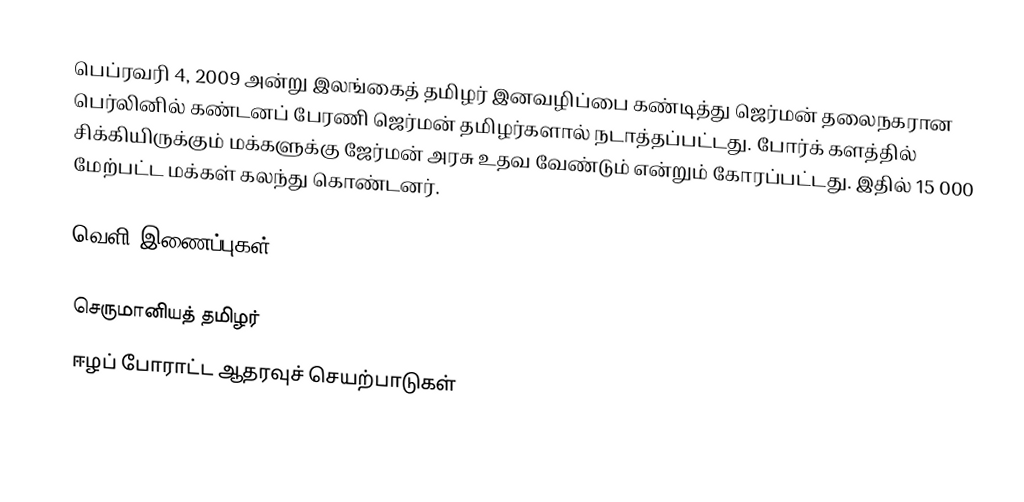
பெப்ரவரி 4, 2009 அன்று இலங்கைத் தமிழர் இனவழிப்பை கண்டித்து ஜெர்மன் தலைநகரான பெர்லினில் கண்டனப் பேரணி ஜெர்மன் தமிழர்களால் நடாத்தப்பட்டது.  போர்க் களத்தில் சிக்கியிருக்கும் மக்களுக்கு ஜேர்மன் அரசு உதவ வேண்டும் என்றும் கோரப்பட்டது.  இதில் 15 000 மேற்பட்ட மக்கள் கலந்து கொண்டனர்.

வெளி இணைப்புகள்

செருமானியத் தமிழர்
ஈழப் போராட்ட ஆதரவுச் செயற்பாடுகள்